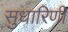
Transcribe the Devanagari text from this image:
सुधारिणी